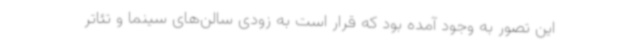
این تصور به وجود آمده بود که قرار است به زودی سالن‌های سینما و تئاتر